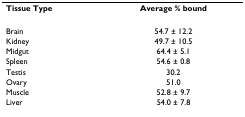
| Tissue Type | Average % bound |
 | --- | --- |
 | Brain | 54.7 ± 12.2 |
 | Kidney | 49.7 ± 10.5 |
 | Midgut | 64.4 ± 5.1 |
 | Spleen | 54.6 ± 0.8 |
 | Testis | 30.2 |
 | Ovary | 51.0 |
 | Muscle | 52.8 ± 9.7 |
 | Liver | 54.0 ± 7.8 |